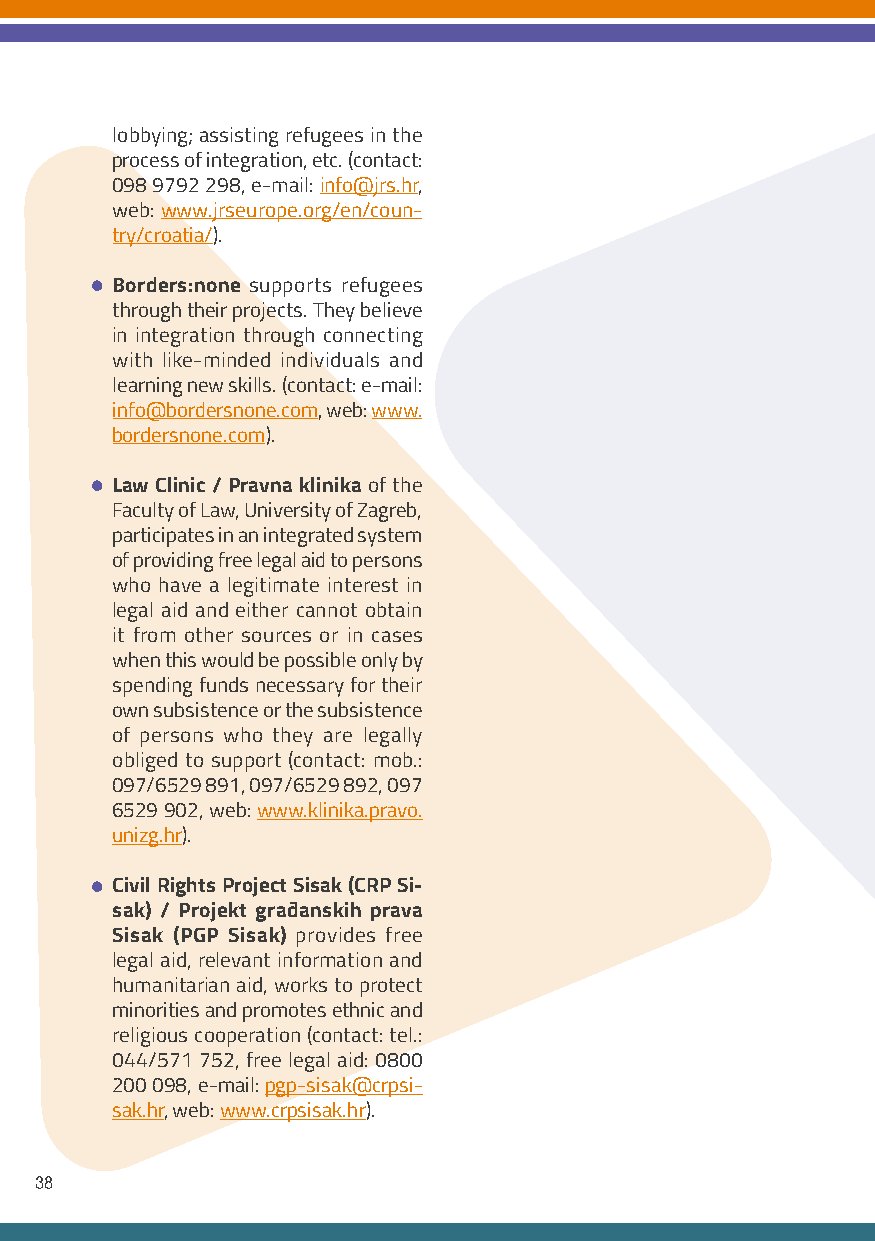
lobbying; assisting refugees in the
 process of integration, etc. (contact:
 098 9792 298, e-mail: info@jrs.hr,
 web: www.jrseurope.org/en/coun-
 try/croatia/).
 •
 Borders:none supports refugees
 through their projects. They believe
 in integration through connecting
 with like-minded individuals and
 learning new skills. (contact: e-mail:
 info@bordersnone.com, web: www.
 bordersnone.com).
 •
 Law Clinic / Pravna klinika of the
 Faculty of Law, University of Zagreb,
 participates in an integrated system
 of providing free legal aid to persons
 who have a legitimate interest in
 legal aid and either cannot obtain
 it from other sources or in cases
 when this would be possible only by
 spending funds necessary for their
 own subsistence or the subsistence
 of persons who they are legally
 obliged to support (contact: mob.:
 097/6529 891, 097/6529 892, 097
 6529 902, web: www.klinika.pravo.
 unizg.hr).
 •
 Civil Rights Project Sisak (CRP Si-
 sak) / Projekt građanskih prava
 Sisak (PGP Sisak) provides free
 legal aid, relevant information and
 humanitarian aid, works to protect
 minorities and promotes ethnic and
 religious cooperation (contact: tel.:
 044/571 752, free legal aid: 0800
 200 098, e-mail: pgp-sisak@crpsi-
 sak.hr, web: www.crpsisak.hr).
 38